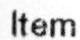
ITEM